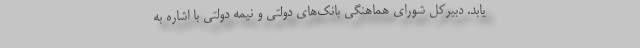
یابد. دبیرکل شورای هماهنگی بانک‌های دولتی و نیمه دولتی با اشاره به